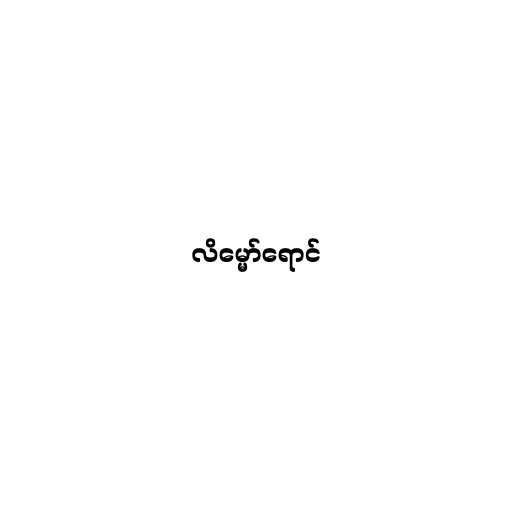
လိမ္မော်ရောင်